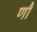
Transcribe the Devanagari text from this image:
णौं